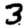
Digit: 3